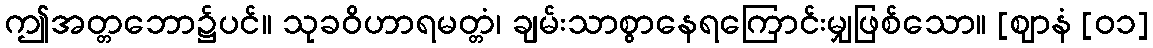
ဤအတ္တဘော၌ပင်။ သုခဝိဟာရမတ္တံ၊ ချမ်းသာစွာနေရကြောင်းမျှဖြစ်သော။ [ဈာနံ [၀၁]